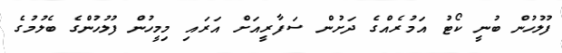
ފުލުހުން ބުނީ ކޯޓު އަމުރެއްގެ ދަށުން ސަފާރީއަށް އަރައި މިމީހުން ފުލުހުންގެ ބެލުމުގެ